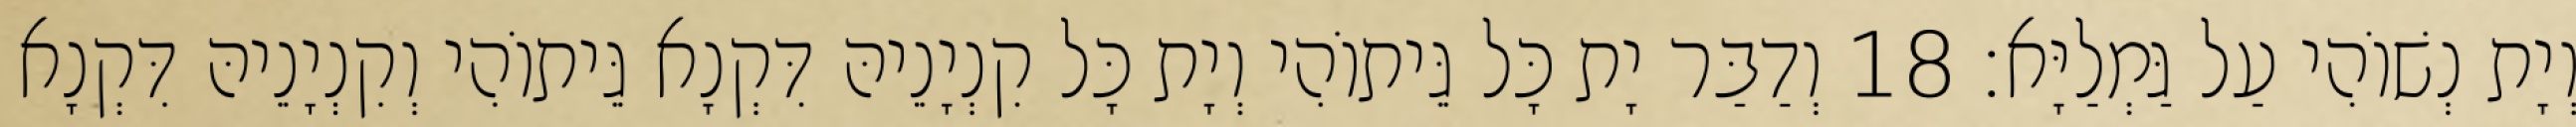
וְיָת נְשׁוֹהִי עַל גַּמְלַיָּא׃ 18 וְדַבַּר יָת כָּל גֵּיתוֹהִי וְיָת כָּל קִנְיָנֵיהּ דִּקְנָא גֵּיתוֹהִי וְקִנְיָנֵיהּ דִּקְנָא